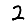
Digit: 2